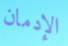
الإدمان